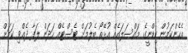
އެހެންކަމުން ކިޑްނީގެ މައްސަލައެއް އުޅޭތޯ ބެލުމަށް ޓެސްޓެއް ހަދަން ލަފާ ދެއްވި ކަމަށް